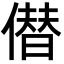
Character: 僣